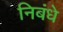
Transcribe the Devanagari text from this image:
निबंधे